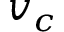
v _ { c }